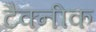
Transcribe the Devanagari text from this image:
टैक्नीक